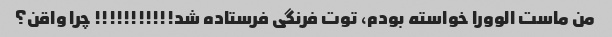
من ماست الوورا خواسته بودم، توت فرنگی فرستاده شد!!!!!!!!!!! چرا واقن؟